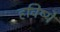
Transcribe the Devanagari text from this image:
हविष्ये